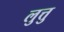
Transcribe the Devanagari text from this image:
लुत्तु